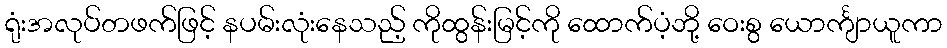
ရုံးအလုပ်တဖက်ဖြင့် နပမ်းလုံးနေသည့် ကိုထွန်းမြင့်ကို ထောက်ပံ့ဘို့ ဝေးစွ ယောင်္ကျာယူကာ